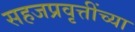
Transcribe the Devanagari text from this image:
सहजप्रवृत्तींच्या